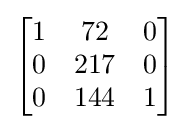
{\begin{bmatrix}1&72&0\\0&217&0\\0&144&1\end{bmatrix}}